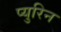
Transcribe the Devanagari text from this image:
प्युरिन